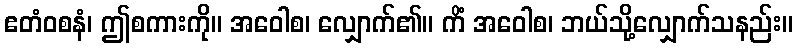
ဧတံဝစနံ၊ ဤစကားကို။ အဝေါစ၊ လျှောက်၏။ ကိံ အဝေါစ၊ ဘယ်သို့လျှောက်သနည်း။